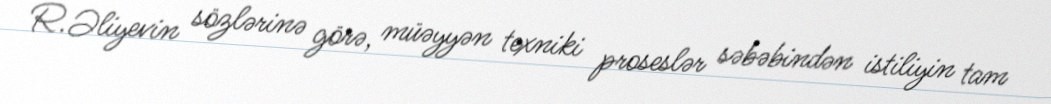
R.Əliyevin sözlərinə görə, müəyyən texniki proseslər səbəbindən istiliyin tam